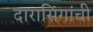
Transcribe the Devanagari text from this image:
दारासिंगांची